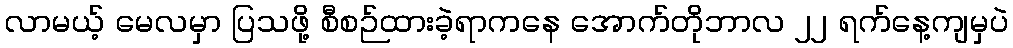
လာမယ့် မေလမှာ ပြသဖို့ စီစဉ်ထားခဲ့ရာကနေ အောက်တိုဘာလ ၂၂ ရက်နေ့ကျမှပဲ